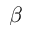
\beta